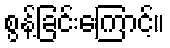
စွန့်ခြင်းကြောင့်။